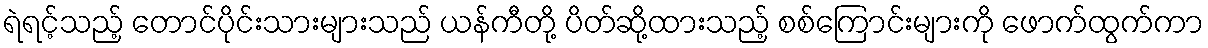
ရဲရင့်သည့် တောင်ပိုင်းသားများသည် ယန်ကီတို့ ပိတ်ဆို့ထားသည့် စစ်ကြောင်းများကို ဖောက်ထွက်ကာ